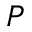
P